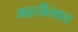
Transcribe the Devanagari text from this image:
महतीलाच